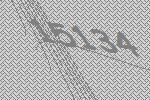
15134